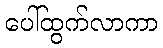
ပေါ်ထွက်လာကာ